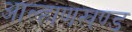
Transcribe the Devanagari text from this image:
आल्हाणखण्ड